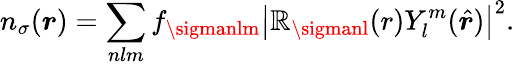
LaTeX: n_{\sigma}(\boldsymbol{r})=\sum_{nlm}f_{\sigmanlm}\left|\mathbb{R}_{\sigmanl}(r)Y_{l}^{m}(\hat{{\boldsymbol{r}}})\right|^{2}.